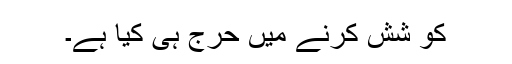
کو شش کرنے میں حرج ہی کیا ہے۔